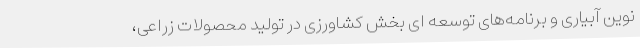
نوین آبیاری و برنامه‌های توسعه ای بخش کشاورزی در تولید محصولات زراعی،